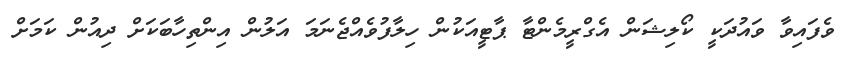
ވެފައިވާ ވައުދަކީ ކޯލިޝަން އެގްރީމެންޓާ ޕާޓީއަކުން ހިލާފުވެއްޖެނަމަ އަލުން އިންތިހާބަކަށް ދިއުން ކަމަށް